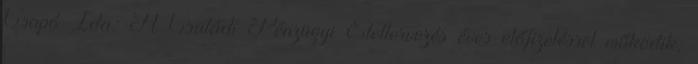
Csapó Ida: A Családi Pénzügyi Élettervezés éves előfizetéssel működik,